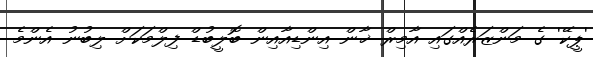
'ޕީކޭ' ގެ މަންޒަރެއްގައި އާމިރް ޚާން އިންޑިއާއިން ބޮލީބުޑް ފިލްމަކަށް ލިބުނު އެންމެ